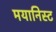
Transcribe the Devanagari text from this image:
मयानिस्ट